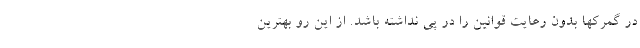
در گمرکها بدون رعایت قوانین را در پی نداشته باشد. از این رو بهترین